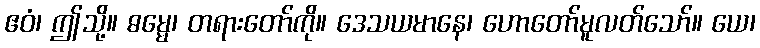
ဧဝံ၊ ဤသို့။ ဓမ္မေ၊ တရားတော်ကို။ ဒေသယမာနေ၊ ဟောတော်မူလတ်သော်။ ယေ၊